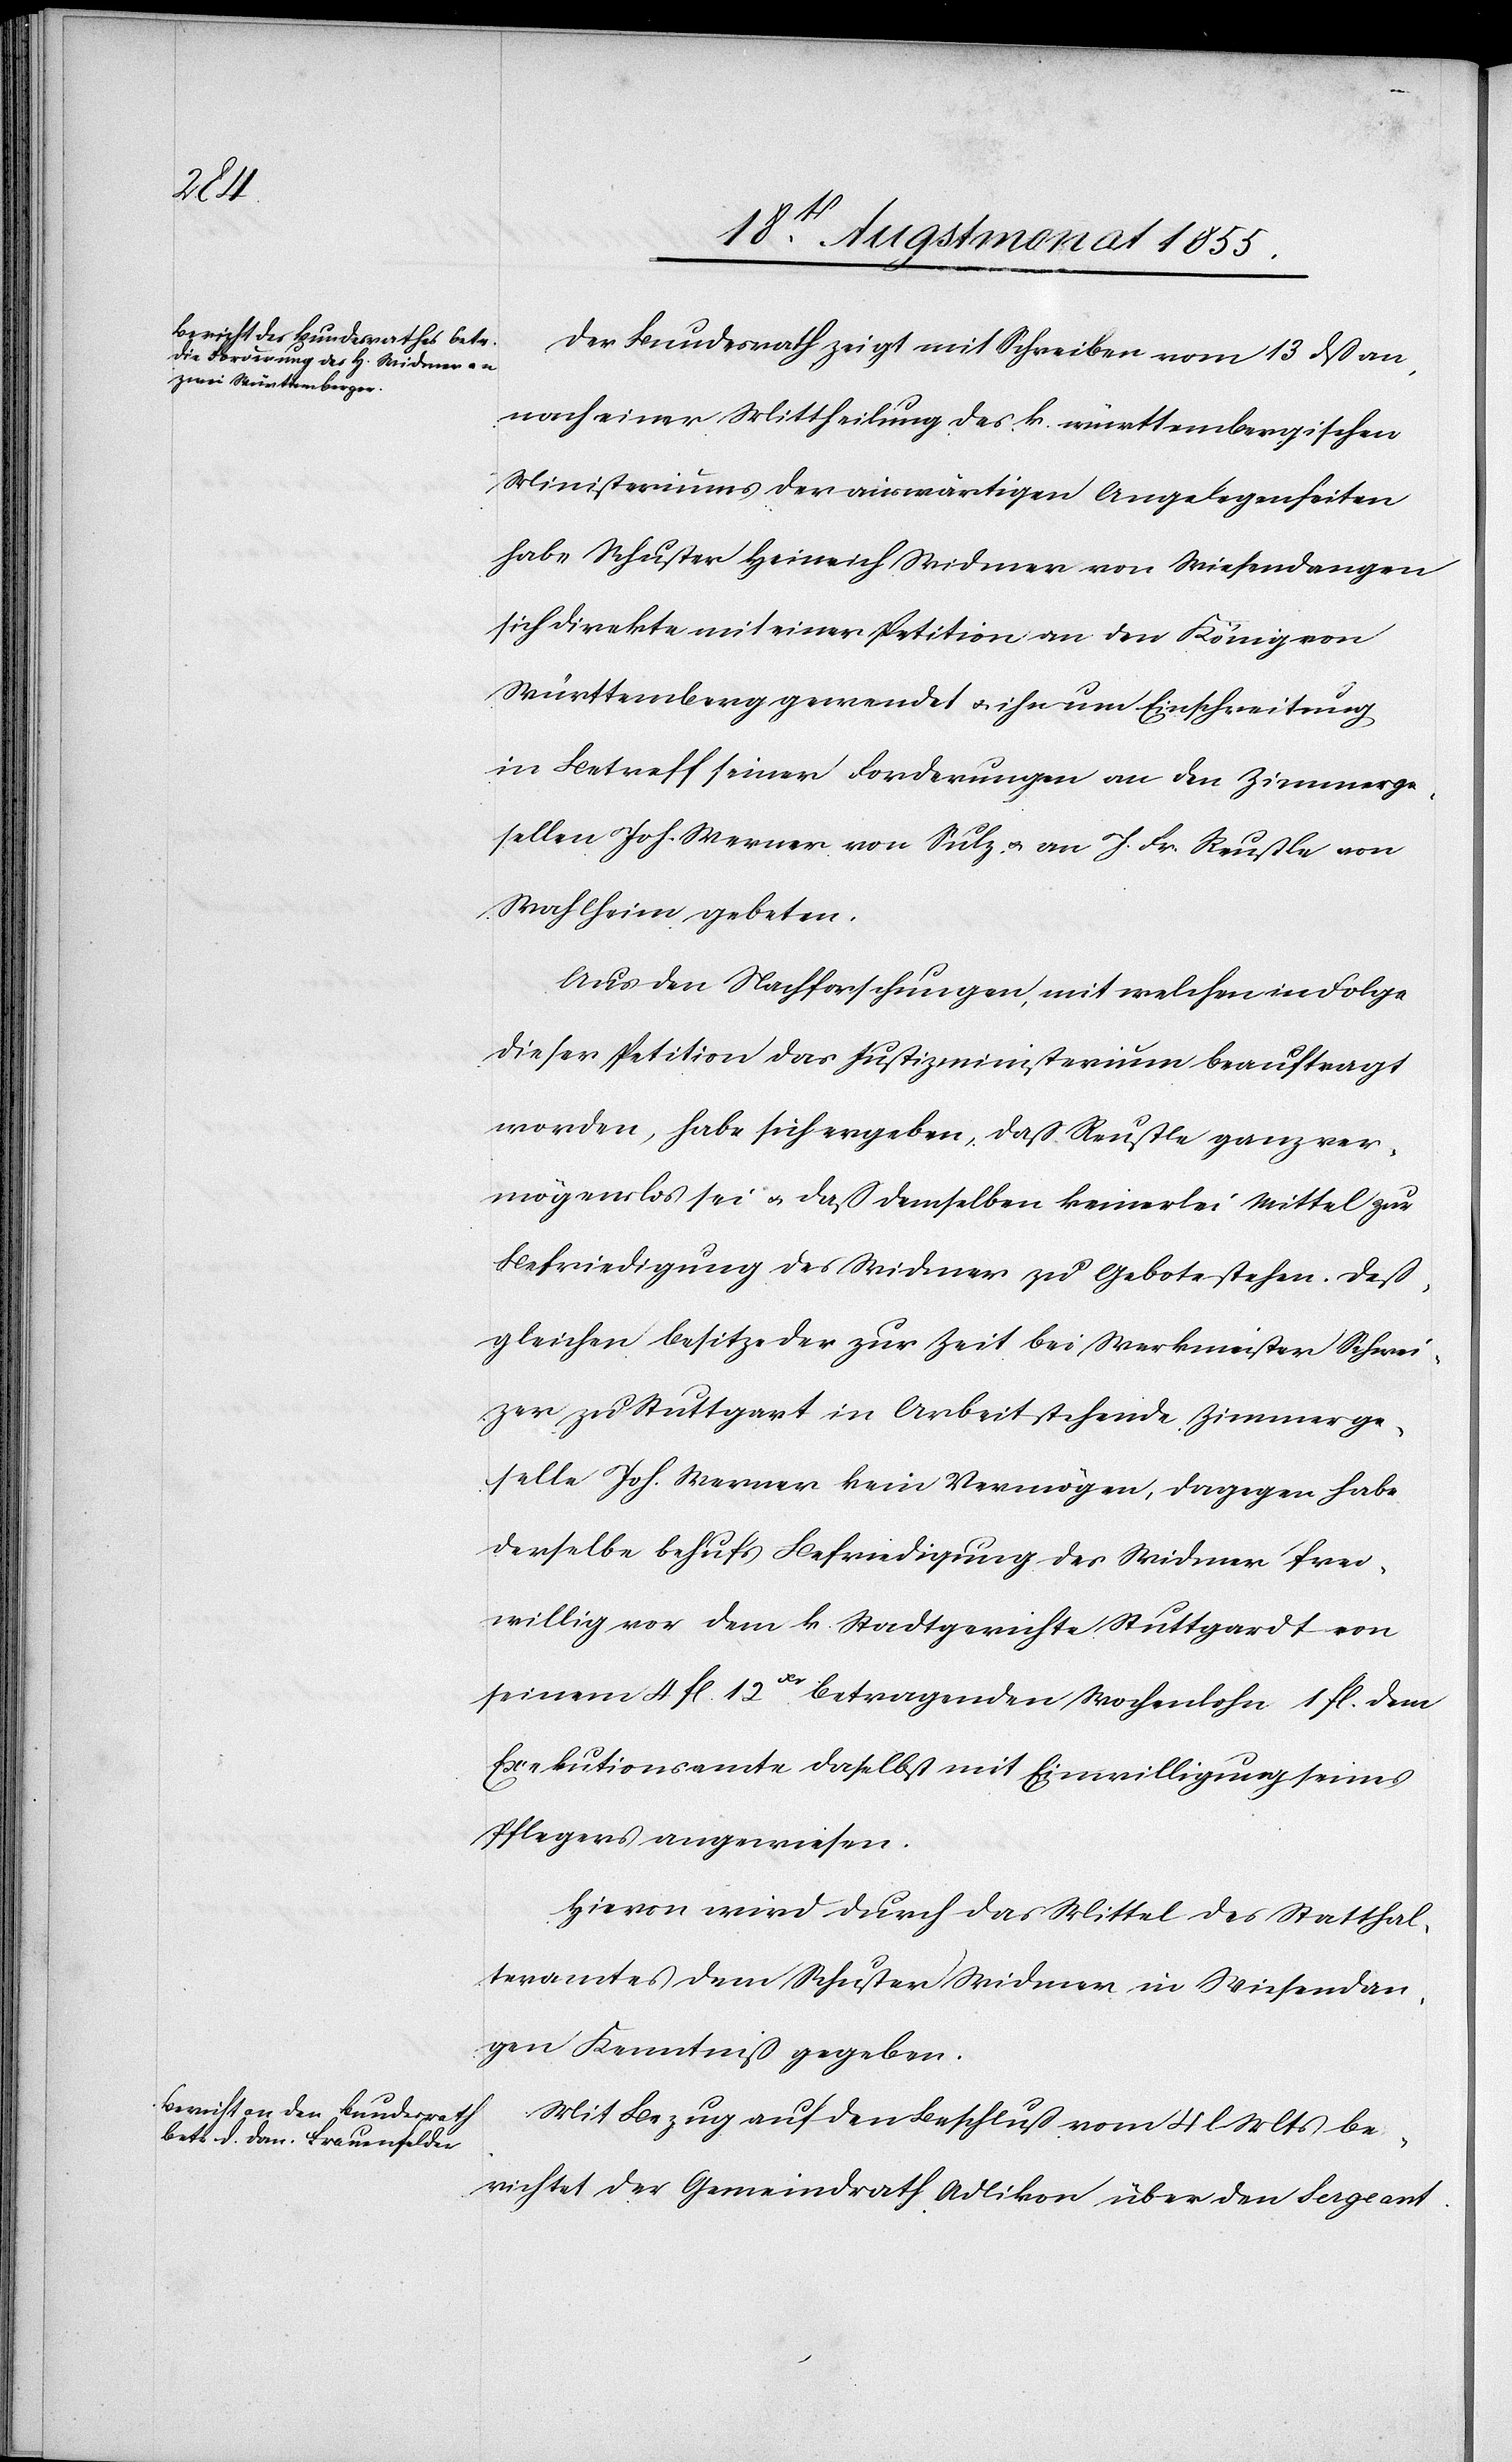
Der Bundesrath zeigt mit Schreiben vom 13 dß an,
nach einer Mittheilung des k. württembergischen
Ministeriums der auswärtigen Angelegenheiten
habe Schuster Heinrich Widmer von Wiesendangen
sich direkte mit einer Petition an den König von
Württemberg gewendet & ihn um Einschreitung
in Betreff seiner Forderungen an den Zimmerge¬
sellen Joh. Werner von Sulz, & an J. Fr. Reustle von
Wahlheim gebeten.
Aus den Nachforschungen, mit welchen in Folge
dieser Petition das Justizministerium beauftragt
worden, habe sich ergeben, daß Reustle ganz ver¬
mögenslos sei & daß demselben keinerlei Mittel zur
Befriedigung des Widmer zu Gebote stehen. Deß¬
gleichen besitze der zur Zeit bei Werkmeister Schwei¬
zer zu Stuttgart in Arbeit stehende Zimmerge¬
selle Joh. Werner kein Vermögen, dagegen habe
derselbe behufs Befriedigung des Widmer frei¬
willig vor dem k. Stadtgerichte Stuttgardt von
seinem 4 fl. 12Xr. betragenden Wochenlohn 1 fl. dem
Exekutionsamte daselbst mit Einwilligung seines
Pflegers angewiesen.
Hievon wird durch das Mittel des Statthal¬
teramtes dem Schuster Widmer in Wiesendan¬
gen Kenntniß gegeben.
Mit Bezug auf den Beschluß vom 4 l. Mts be¬
richtet der Gemeindrath Adlikon über den Sergeant-